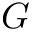
G